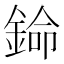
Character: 𬫦